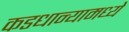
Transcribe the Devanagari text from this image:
कडधान्यामध्ये